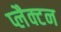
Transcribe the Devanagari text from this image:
प्लैक्टन